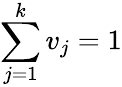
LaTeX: \sum_{j=1}^{k}v_{j}=1